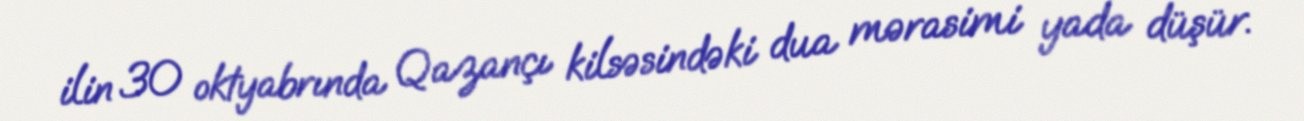
ilin 30 oktyabrında Qazançı kilsəsindəki dua mərasimi yada düşür.